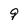
Character: 9